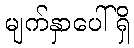
မျက်နှာပေါ်ရှိ